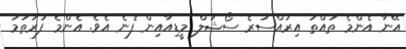
އޭނާ އެންމެ ތުއްތު އިރުއްސުރެ ސޯޝަލް މީޑިއާއިން ފެނެ އެވެ. އެންމެ ފުރަތަމަ